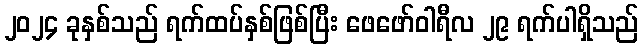
၂၀၂၄ ခုနှစ်သည် ရက်ထပ်နှစ်ဖြစ်ပြီး ဖေဖော်ဝါရီလ ၂၉ ရက်ပါရှိသည်